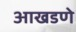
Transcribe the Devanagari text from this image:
आखडणे